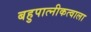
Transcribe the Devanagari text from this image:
बहुपात्नीकत्वाला